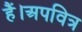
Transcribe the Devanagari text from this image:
हैं।अपवित्र